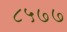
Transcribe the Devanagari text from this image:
८५७७